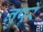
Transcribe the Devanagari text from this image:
नुपुरे